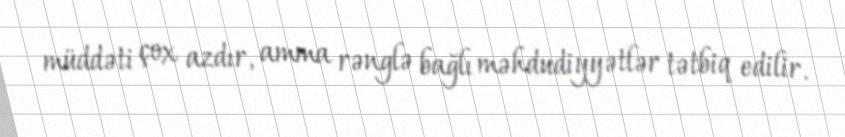
müddəti çox azdır, amma rənglə bağlı məhdudiyyətlər tətbiq edilir.